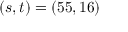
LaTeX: ( s , t ) = ( 5 5 , 1 6 )